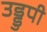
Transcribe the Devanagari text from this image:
उड्डुपी